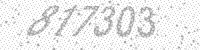
Solution: 817303